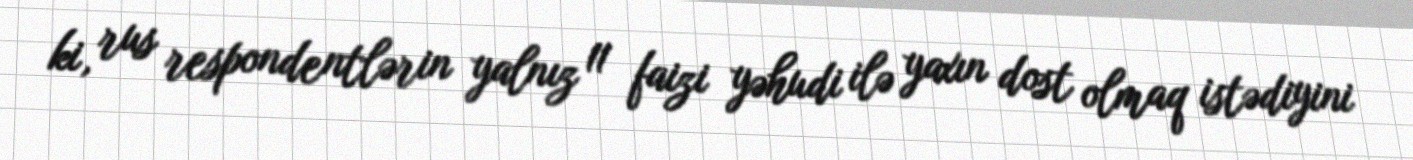
ki, rus respondentlərin yalnız 11 faizi yəhudi ilə yaxın dost olmaq istədiyini